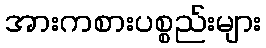
အားကစားပစ္စည်းများ